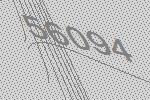
56094